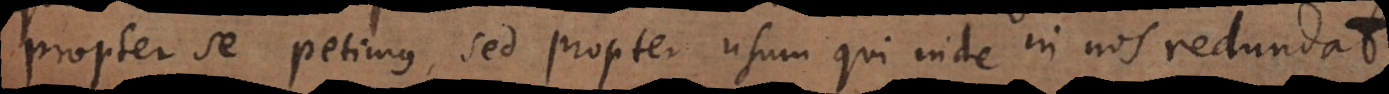
propter se petimus, sed propter usum qui inde in nos redundat